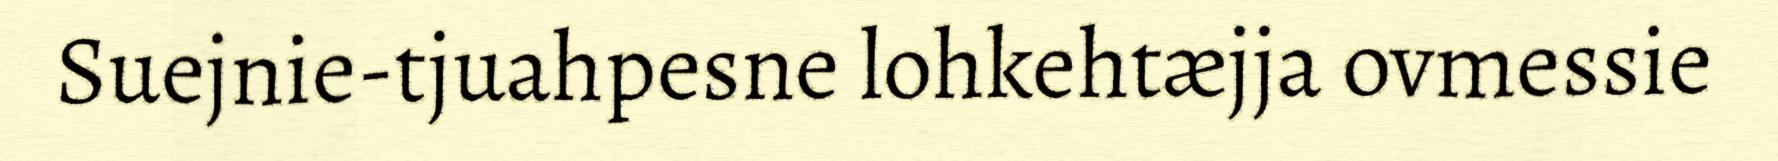
Suejnie-tjuahpesne lohkehtæjja ovmessie